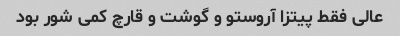
عالی فقط پیتزا آروستو و گوشت و قارچ کمی شور بود